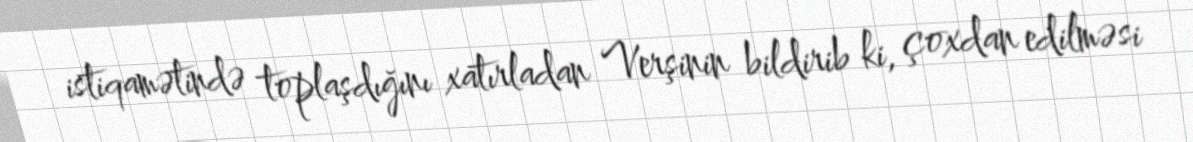
istiqamətində toplaşdığını xatırladan Verşinin bildirib ki, çoxdan edilməsi